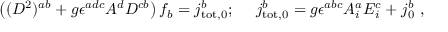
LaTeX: \left( ( D ^ { 2 } ) ^ { a b } + g \epsilon ^ { a d c } A ^ { d } D ^ { c b } \right) f _ { b } = j _ { \mathrm { t o t } , 0 } ^ { b } ; ~ ~ ~ ~ j _ { \mathrm { t o t } , 0 } ^ { b } = g \epsilon ^ { a b c } A _ { i } ^ { a } E _ { i } ^ { c } + j _ { 0 } ^ { b } ~ ,